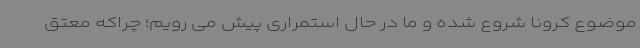
موضوع کرونا شروع شده و ما در حال استمراری پیش می رویم؛ چراکه معتق